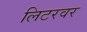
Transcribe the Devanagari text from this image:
लिटरवर